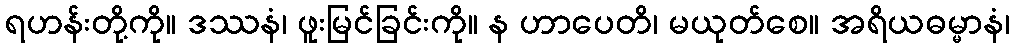
ရဟန်းတို့ကို။ ဒဿနံ၊ ဖူးမြင်ခြင်းကို။ န ဟာပေတိ၊ မယုတ်စေ။ အရိယဓမ္မာနံ၊